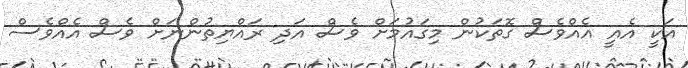
އަކީ އެއީ އެއްވެސް ގޮތަކުން މިގައުމަށް ވެސް އަދި ރައްޔިތުންނަށް ވެސް އެއްވެސް